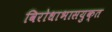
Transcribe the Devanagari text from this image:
विरोधाभासयुक्त